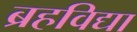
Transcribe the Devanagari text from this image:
ब्रहविद्या